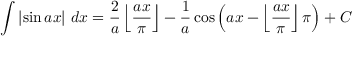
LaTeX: \int \left| \sin { a x } \right| \, d x = { \frac { 2 } { a } } \left\lfloor { \frac { a x } { \pi } } \right\rfloor - { \frac { 1 } { a } } \cos { \left( a x - \left\lfloor { \frac { a x } { \pi } } \right\rfloor \pi \right) } + C